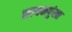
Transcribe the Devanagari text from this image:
सायकपुंखा